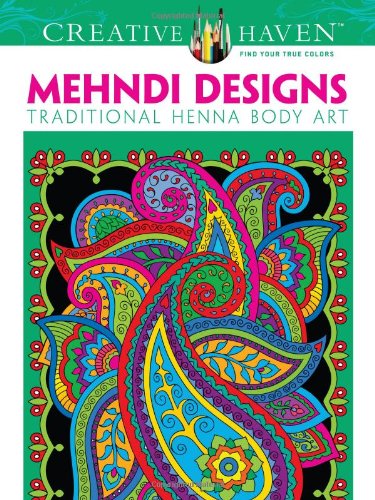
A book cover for Dover Creative Haven Mehndi Designs Coloring Book (Creative Haven Coloring Books); Marty Noble; Crafts, Hobbies & Home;